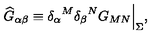
{ \widehat G } _ { \alpha \beta } \equiv { \delta _ { \alpha } } ^ { M } { \delta _ { \beta } } ^ { N } G _ { M N } \Big | _ { \Sigma } ,